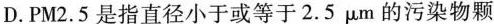
D.PM2。5是指直径小于或等于2.5μm的污染物颗